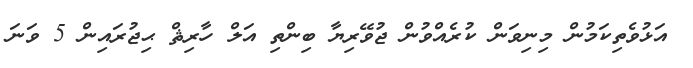
އަޅުވެތިކަމުން މިނިވަން ކުރެއްވުން ޖުވޭރިޔާ ބިންތި އަލް ހާރިޘް ޙިޖުރައިން 5 ވަނަ